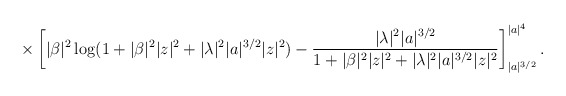
\begin{align*}\times\left[\vert\beta\vert^2\log (1+\vert\beta\vert^2\vert z\vert^2 + \vert\lambda\vert^2 \vert a\vert^{3/2}\vert z\vert^2) - \frac{\vert\lambda\vert^2 \vert a\vert^{3/2}}{1+\vert\beta\vert^2\vert z\vert^2 + \vert\lambda\vert^2\vert a\vert^{3/2}\vert z\vert^2} \right]_{\vert a\vert^{3/2}}^{\vert a\vert^4}.\end{align*}